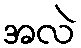
အလဲ